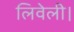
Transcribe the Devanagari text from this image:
लिवेली।